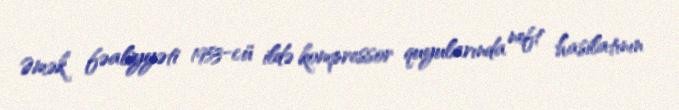
Əmək fəaliyyəti 1953-cü ildə kompressor quyularında neft hasilatının